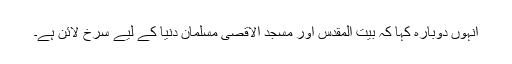
انہوں دوبارہ کہا کہ بیت المقدس اور مسجد الاقصیٰ مسلمان دنیا کے لیے سرخ لائن ہے۔